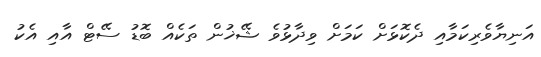
އަނިޔާވެރިކަމާއި ދެކޮޅަށް ކަމަށް ވިދާޅުވެ ޝޭޚުން ތަކެއް ބޮޑު ސޭޓް އާއި އެކު